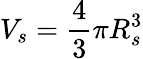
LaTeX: V_{s}=\frac{4}{3}\pi R_{s}^{3}